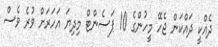
ދެއްކީ ދައްކަން ޖެހޭ މީހުންގެ 10 ޕަސެންޓް މިދިޔަ އަހަރަށް ވުރެ ވެސް